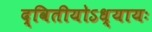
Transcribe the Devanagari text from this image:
द्वितीयोऽध्यायः